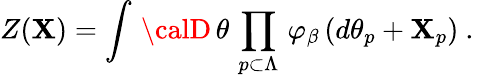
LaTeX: \left.Z(\mathbf{X})=\int\, {\calD}\, \theta\, \prod_{p\subset\Lambda}\, \varphi_{\beta}\, (d\theta_{p}+\mathbf{X}_{p})\ .\right.